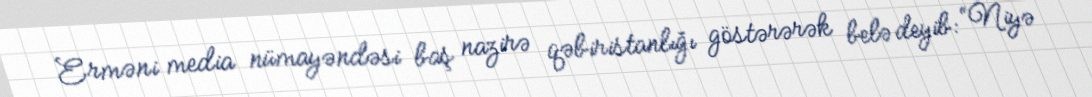
Erməni media nümayəndəsi baş nazirə qəbiristanlığı göstərərək belə deyib: “Niyə